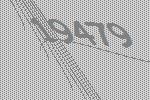
19479